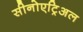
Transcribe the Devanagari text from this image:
सीनोएट्रिअल